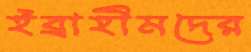
ইব্রাহীমদের